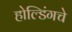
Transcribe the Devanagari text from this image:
होल्डिंगचे